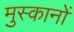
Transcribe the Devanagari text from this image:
मुस्कानों